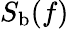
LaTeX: S_{\mathrm{b}}(f)